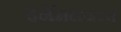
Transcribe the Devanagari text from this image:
इनॅमलजन्य